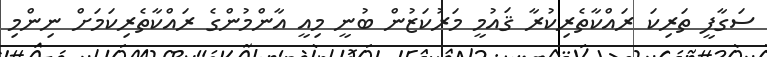
ސަގާފީ ތަރިކަ ރައްކާތެރިކުރާ ޤައުމީ މަރުކަޒުން ބުނީ މިއީ އާންމުންގެ ރައްކާތެރިކަމަށް ނިިންމި